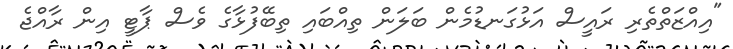
"އިއްޒަތްތެރި ރައީސް އަޅުގަނޑުމެން ބަލަން ތިއްބައި ތިބޭފުޅާގެ ވެސް ޕާޓީ އިން ރާއްޖެ